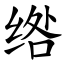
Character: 绺